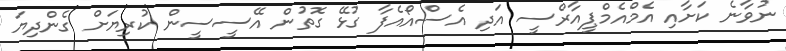
ނުވާނެ ކަށާއި އެމްއެމްޕީއާރްސީ އަދި އެސްއޯއެފާ ގުޅޭ ގޮތުން އޭސީސީން ކުރިޔަށް ގެންދިޔަ